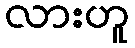
လားဟူ